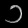
Digit: ၁